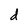
Character: d